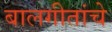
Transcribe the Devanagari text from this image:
बालगीतांचे